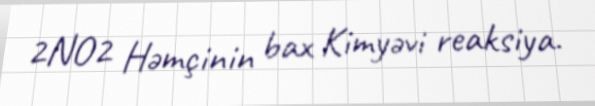
2NO2 Həmçinin bax Kimyəvi reaksiya.